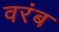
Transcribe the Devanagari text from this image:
वरंब